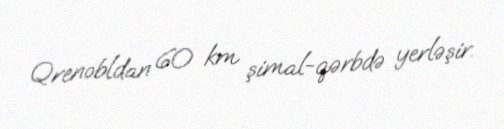
Qrenobldan 60 km şimal-qərbdə yerləşir.